Vaccination in Burma 1920-1933 - 1920-1933
Year: 1920
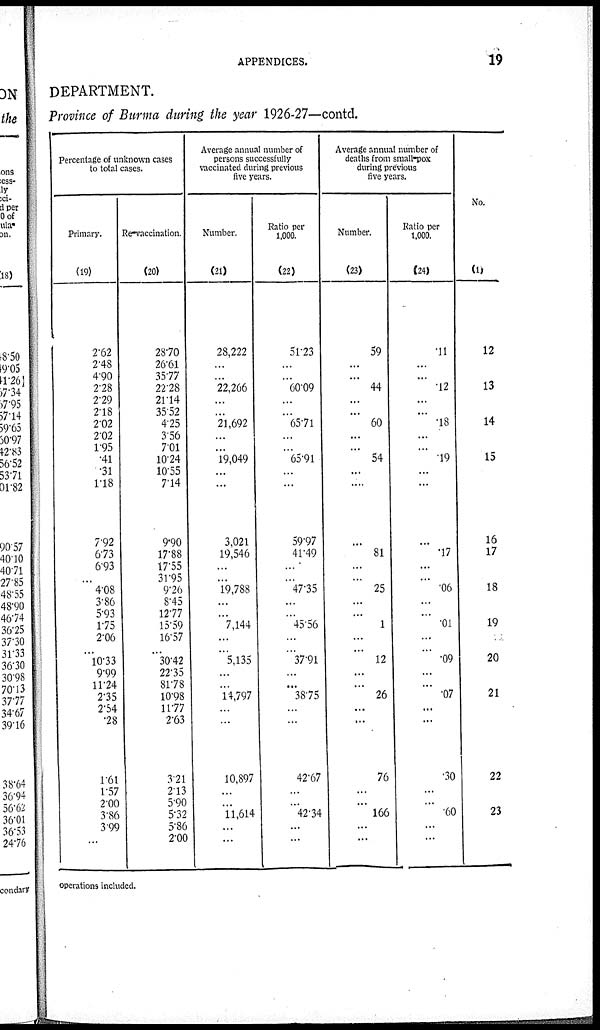
APPENDICES.
19
DEPARTMENT.
Province of Burma during the year 1926-27—contd.
Percentage of unknown cases
to total cases.
Primary.
(19)
2.62
2.48
4.90
2.28
2.29
2.18
2.02
2.02
1.95
.41
.31
1.18
7.92
6.73
6.93
...
4.08
3.86
5.93
1.75
2.06
...
10.33
9.99
11.24
2.35
2.54
.28
1.61
1.57
2.00
3.86
3.99
...
Re-vaccination.
(20)
28.70
26.61
35.77
22.28
21.14
35.52
4.25
3.56
7.01
10.24
10.55
7.14
9.90
17.88
17.55
31.95
9.26
8.45
12.77
15.59
16.57
...
30.42
22.35
81.78
10.98
11.77
2.63
3.21
2.13
5.90
5.32
5.86
2.00
Average annual number of
persons successfully
vaccinated during previous
five years.
Number.
(21)
28,222
...
...
22,266
...
...
21,692
...
...
19,049
...
...
3,021
19,546
...
...
19,788
...
...
7,144
...
...
5,135
...
...
14,797
...
...
10,897
...
...
11,614
...
...
Ratio per
1,000.
(22)
51.23
...
...
60.09
...
...
65.71
...
...
65.91
...
...
59.97
41.49
...
...
47.35
...
...
45.56
...
...
37.91
...
...
38.75
...
...
42.67
...
...
42.34
...
...
Average annual number of
deaths from small-pox
during previous
five years.
Number.
(23)
59
...
...
44
...
...
60
...
...
54
...
....
...
81
...
...
25
...
...
1
...
... 12
...
...
26
...
...
76
...
...
166
...
...
Ratio per
1.000.
(24)
.11
...
...
12
...
...
.18
...
...
.19
...
...
...
.17
...
...
.06
...
...
.01
...
...
.09
...
...
.07
...
...
.30
...
...
.60
...
...
No.
(1)
12
13
14
15
16
17
18
19
20
21
22
23
operations included.